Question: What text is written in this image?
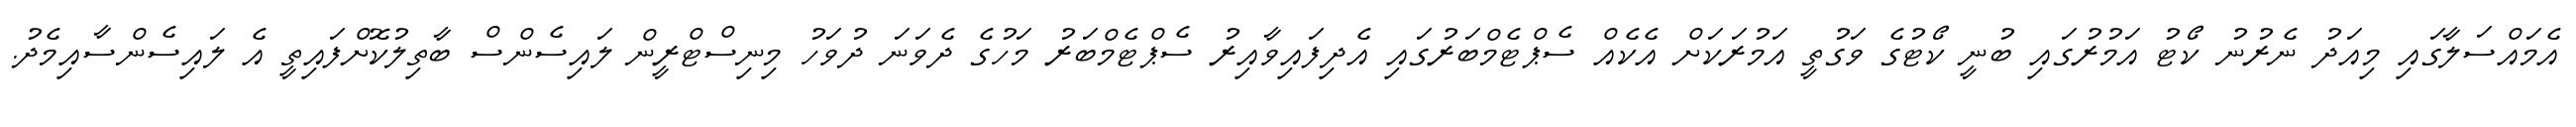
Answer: އެމައްސަލާގައި މިއަދު ނެރުނު ކޯޓު އަމުރުގައި ބުނީ ކޯޓުގެ ވަގުތީ އަމުރަކަށް އެކެއް ސެޕްޓެމްބަރުގައި އެދިފައިވާއިރު ސެޕްޓެމްބަރު މަހުގެ ދެވަނަ ދުވަހު މިނިސްޓްރީން ލައިސެންސް ބާތިލުކޮށްފައިތީ އެ ލައިސެންސާއިމެދު.